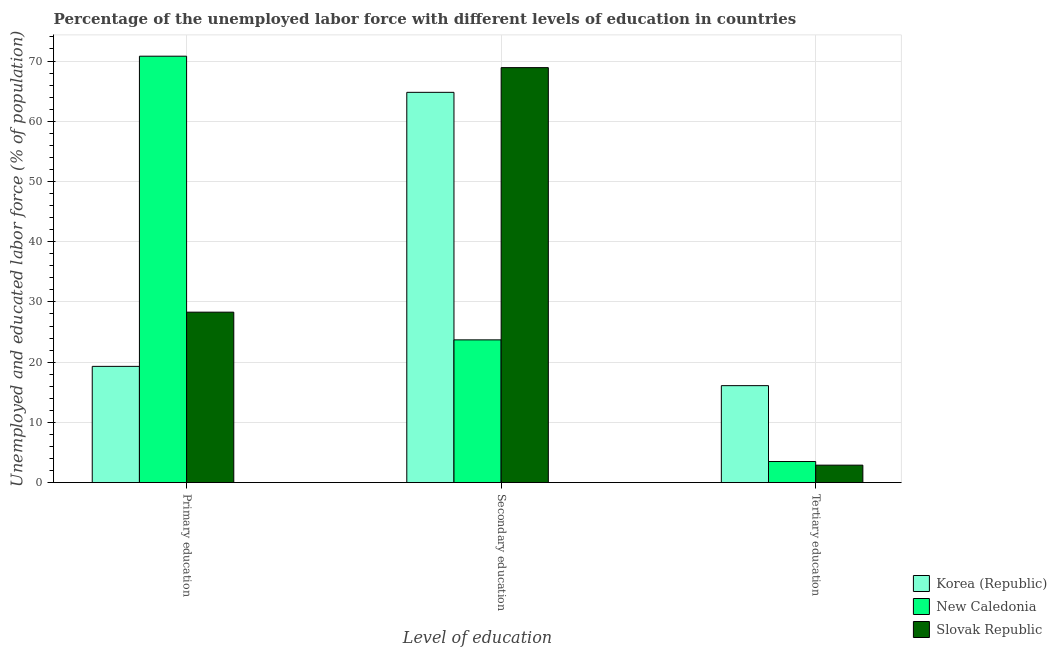
| Level of education | Korea (Republic) | New Caledonia | Slovak Republic |
 | --- | --- | --- | --- |
 | Primary education | 19.3 | 70.8 | 28.3 |
 | Secondary education | 64.8 | 23.7 | 68.9 |
 | Tertiary education | 16.1 | 3.5 | 2.9 |